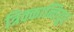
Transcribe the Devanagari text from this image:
त्रिक्कान्तियुर